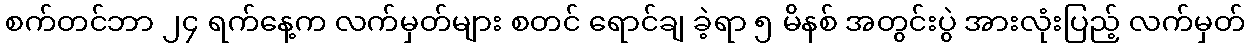
စက်တင်ဘာ ၂၄ ရက်နေ့က လက်မှတ်များ စတင် ရောင်ချ ခဲ့ရာ ၅ မိနစ် အတွင်းပွဲ အားလုံးပြည့် လက်မှတ်